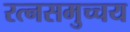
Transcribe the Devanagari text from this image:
रत्नसमुच्चय